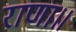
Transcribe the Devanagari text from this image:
राणा॥